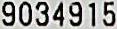
9034915